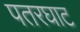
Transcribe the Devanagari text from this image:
पतरघाट